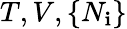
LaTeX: T,V,\{ N_{\mathbf{i}}\}